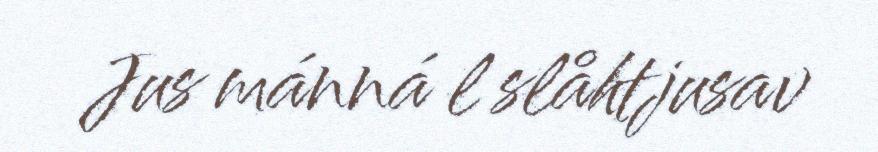
Jus mánná l slåhtjusav